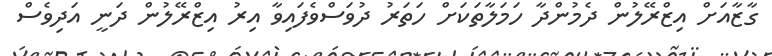
ގާޒާއަށް އިޒްރޭލުން ދެމުންދާ ހަމަލާތަކަށް ހަތަރު ދުވަސްވެފައިވާ އިރު އިޒްރޭލުން ދަނީ އަދިވެސް